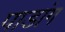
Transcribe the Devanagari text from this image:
पाडांग